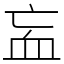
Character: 衁